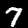
Digit: 7